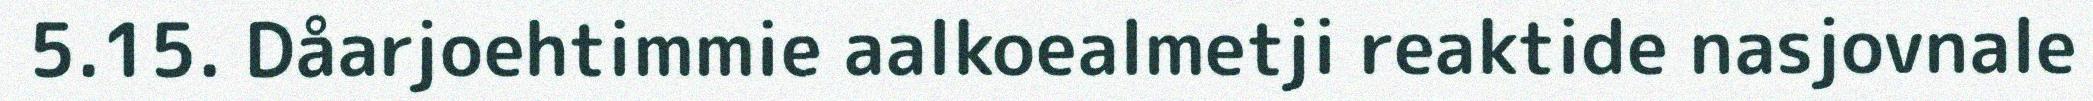
5.15. Dåarjoehtimmie aalkoealmetji reaktide nasjovnale